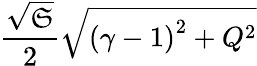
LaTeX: \frac{\sqrt{\mathfrak{S}}}{2}\sqrt{{(\gamma-1)}^{2}+Q^{2}}